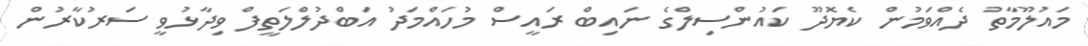
މައުލޫމާތު ދެއްވަމުން ކެޔޮދޫ ކައުންސިލްގެ ނައިބް ރައީސް މުހައްމަދު އަބްދުލްލަތީފް ވިދާޅުވީ ސަރުކާރުން